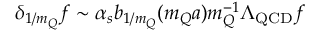
\delta _ { 1 / m _ { Q } } f \sim \alpha _ { s } b _ { 1 / m _ { Q } } ( m _ { Q } a ) m _ { Q } ^ { - 1 } \Lambda _ { \mathrm { Q C D } } f